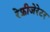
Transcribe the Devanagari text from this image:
रेफ्रीजेरेटर